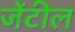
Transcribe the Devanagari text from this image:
जेंटील